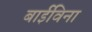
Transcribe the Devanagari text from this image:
बाईविना